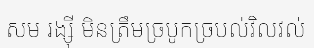
សម រង្ស៊ី មិនត្រឹមច្របូកច្របល់វិលវល់